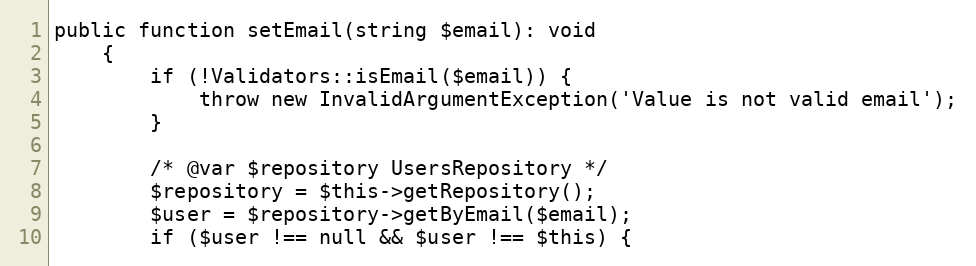
Language: PHP
public function setEmail(string $email): void
	{
		if (!Validators::isEmail($email)) {
			throw new InvalidArgumentException('Value is not valid email');
		}

		/* @var $repository UsersRepository */
		$repository = $this->getRepository();
		$user = $repository->getByEmail($email);
		if ($user !== null && $user !== $this) {